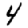
Digit: 4